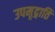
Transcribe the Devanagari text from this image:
उपमृद्गाति